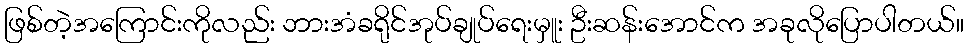
ဖြစ်တဲ့အကြောင်းကိုလည်း ဘားအံခရိုင်အုပ်ချုပ်ရေးမှူး ဦးဆန်းအောင်က အခုလိုပြောပါတယ်။